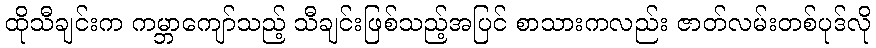
ထိုသီချင်းက ကမ္ဘာကျော်သည့် သီချင်းဖြစ်သည့်အပြင် စာသားကလည်း ဇာတ်လမ်းတစ်ပုဒ်လို